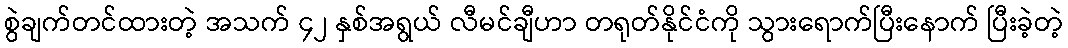
စွဲချက်တင်ထားတဲ့ အသက် ၄၂ နှစ်အရွယ် လီမင်ချီဟာ တရုတ်နိုင်ငံကို သွားရောက်ပြီးနောက် ပြီးခဲ့တဲ့